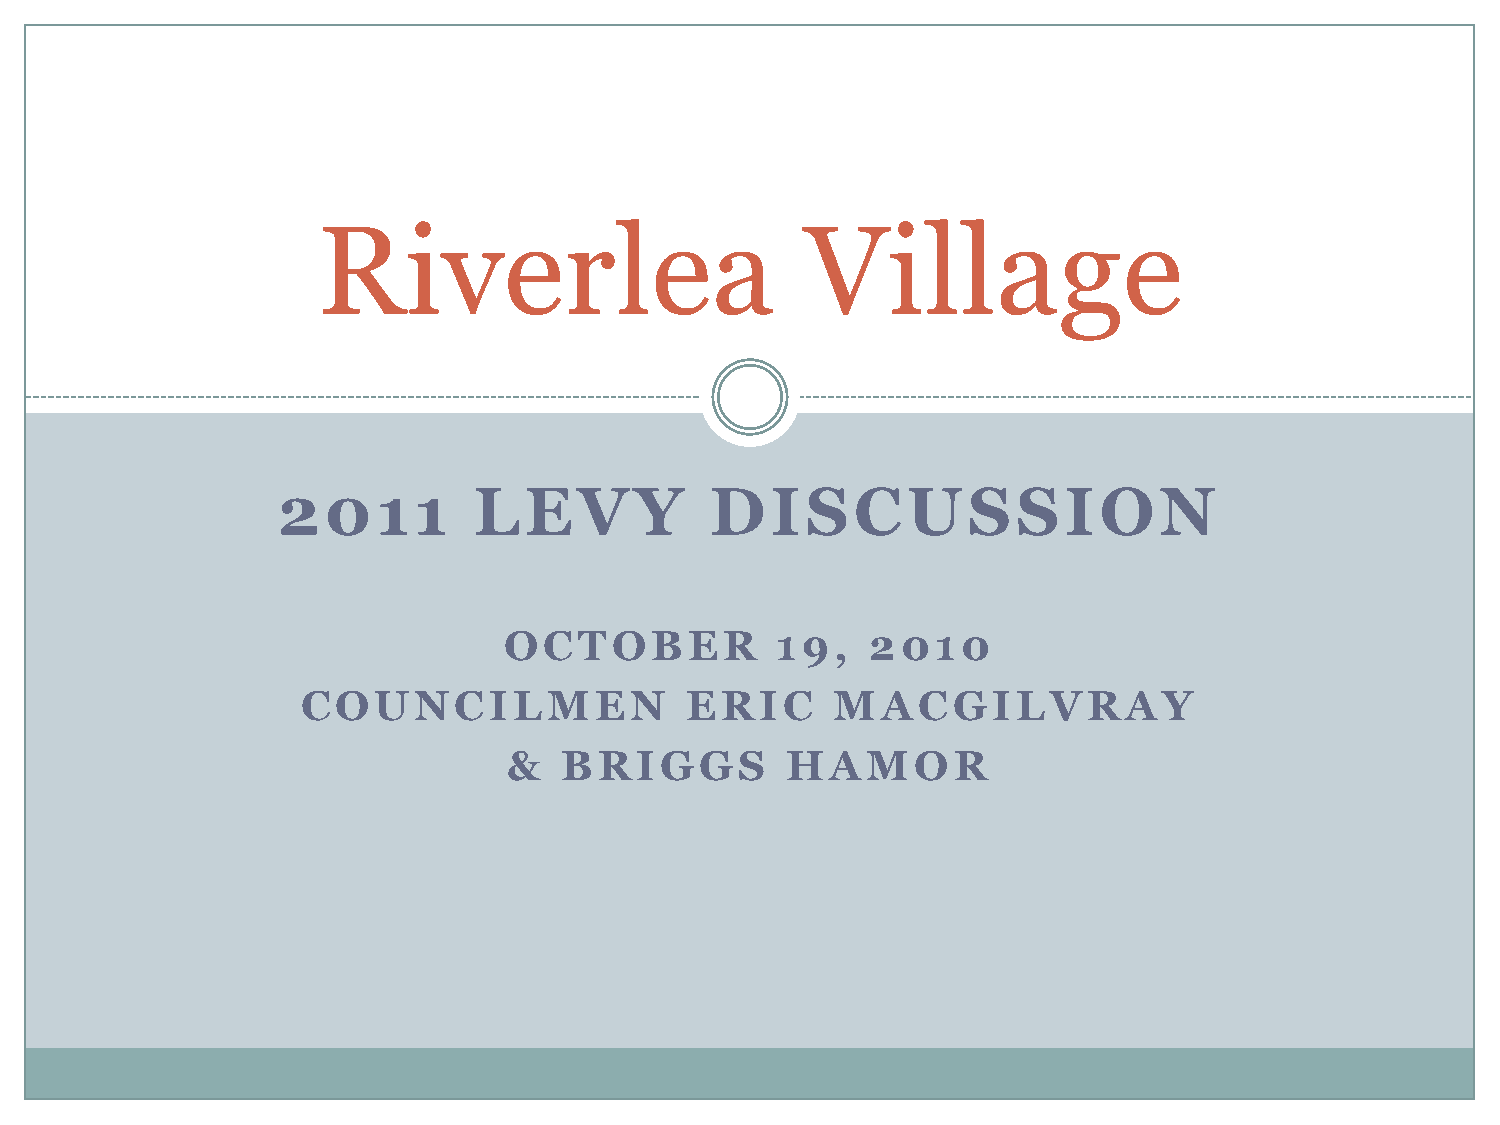
Riverlea                        Village
 2011         LEVY            DISCUSSION
 OCTOBER           19,    2010
 COUNCILMEN               ERIC      MACGILVRAY
 &  BRIGGS         HAMOR